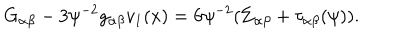
G _ { \alpha \beta } - 3 \psi ^ { - 2 } g _ { \alpha \beta } v _ { 1 } ( x ) = 6 \psi ^ { - 2 } ( \Sigma _ { \alpha \beta } + \tau _ { \alpha \beta } ( \psi ) ) .